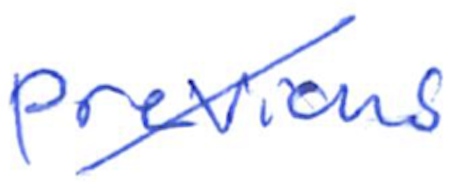
Text: previous
Cross-out: diagonal
Writing tool: ballpoint